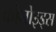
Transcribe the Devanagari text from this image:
कोनोइड्स